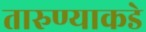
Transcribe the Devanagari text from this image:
तारुण्याकडे